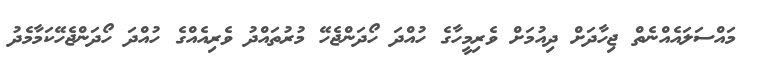
މައްސަލައެއްނެތް ޖިހާދަށް ދިއުމަށް ވެރިމީހާގެ ހުއްދަ ހޯދަންޖެހޭ މުރުތައްދު ވެރިއެއްގެ ހުއްދަ ހޯދަންޖެހޭކަމާމެދު